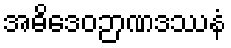
အဓိဒေဝဉာဏဒဿနံ